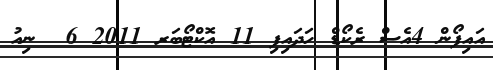
އައިފޯން 4އެސް ރެކޯޑް ހަދައިފި 11 އޮކްޓޯބަރ 2011 6  ނިއު